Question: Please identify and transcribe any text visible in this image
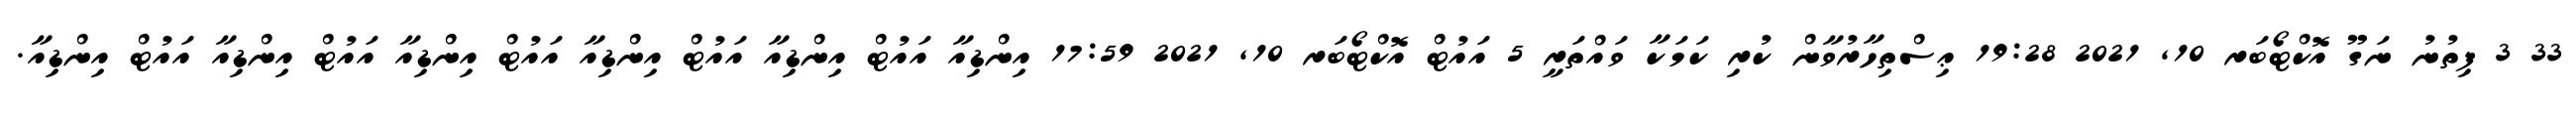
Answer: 33 3 ފިތުނު ނަގޫ އޮކްޓޯބަރ 10, 2021 19:28 ޢިސްތިހާރުވާން ކުރި ކަމަކާ ވައްތަރީ 5 އައުޓް އޮކްޓޯބަރ 10, 2021 17:59 އިންޑިއާ އައުޓް އިންޑިއާ އައުޓް އިންޑިއާ އައުޓް އިންޑިއާ އައުޓް އިންޑިއާ އައުޓް އިންޑިއާ.